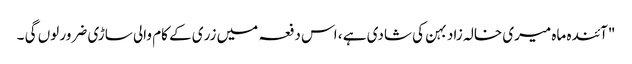
"آئندہ ماہ میری خالہ زاد بہن کی شادی ہے ، اس دفعہ میں زری کے کام والی ساڑی ضرور لوں گی ۔